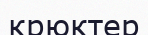
крюктер